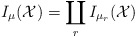
\begin{align*}I_\mu(\mathcal{X}) =\coprod_{r}I_{\mu_r}(\mathcal{X})\end{align*}